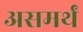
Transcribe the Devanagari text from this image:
असमर्थं